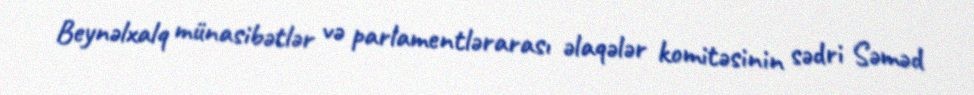
Beynəlxalq münasibətlər və parlamentlərarası əlaqələr komitəsinin sədri Səməd